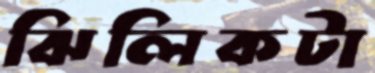
ঝিলিকটা